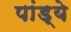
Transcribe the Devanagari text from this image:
पांड्ये